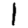
Digit: 1